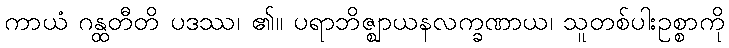
ကာယံ ဂန္ထတီတိ ပဒဿ၊ ၏။ ပရာဘိဇ္ဈာယနလက္ခဏာယ၊ သူတစ်ပါးဥစ္စာကို